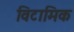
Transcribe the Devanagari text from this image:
विटामिक